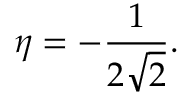
\eta = - \frac { 1 } { 2 \sqrt { 2 } } .